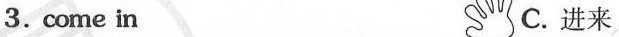
3.come in C.进来